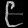
Digit: ၉